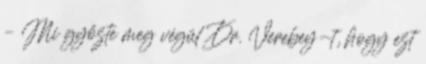
– Mi győzte meg végül Dr. Verebey-t, hogy ezt